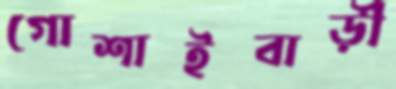
গোশাইবাড়ী